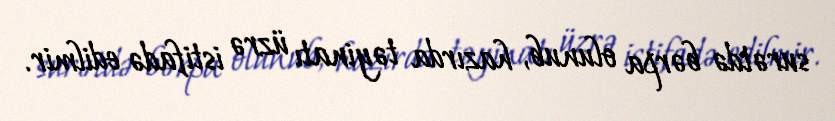
surətdə bərpa olunub, hazırda təyinatı üzrə istifadə edilmir.